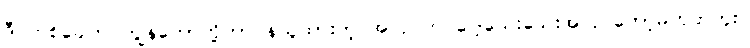
ဒီ တစ်ခေါက် ကျွန်တော်တို့တာဝန်ယူထားတဲ့ အလုပ်က ပေါ့သေးသေးအလုပ်တော့မဟုတ်ဘူး။